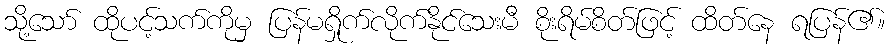
သို့သော် ထိုပင့်သက်ကိုမှ ပြန်မရှိုက်လိုက်နိုင်သေးမီ စိုးရိမ်စိတ်ဖြင့် ထိတ်နေ ရပြန်၏။